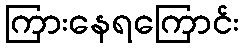
ကြားနေရကြောင်း